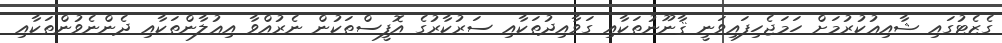
ގެޒެޓުގައި ޝާއިޢުކުރުމަށް ހަމަޖެހިފައިވަނީ ޤާނޫނުތަކާއި ގަވާއިދުތަކާއި ސަރުކާރުގެ އޮފީސްތަކުން ނެރުއްވާ އިޢުލާންތަކާއި ދެންނެވުންތަކާއި